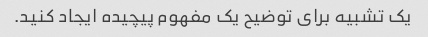
یک تشبیه برای توضیح یک مفهوم پیچیده ایجاد کنید.